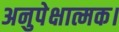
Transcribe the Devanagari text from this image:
अनुपेक्षात्मक।